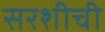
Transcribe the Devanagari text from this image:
सरशीची